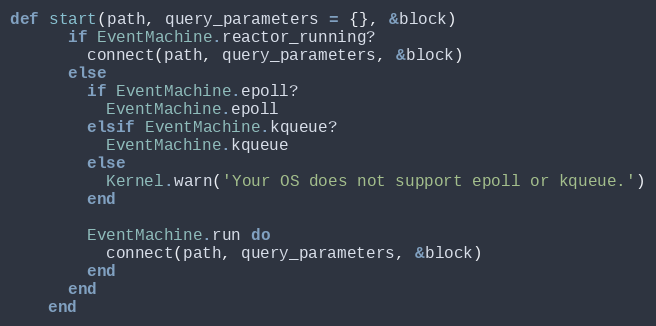
Language: Ruby
def start(path, query_parameters = {}, &block)
      if EventMachine.reactor_running?
        connect(path, query_parameters, &block)
      else
        if EventMachine.epoll?
          EventMachine.epoll
        elsif EventMachine.kqueue?
          EventMachine.kqueue
        else
          Kernel.warn('Your OS does not support epoll or kqueue.')
        end

        EventMachine.run do
          connect(path, query_parameters, &block)
        end
      end
    end